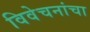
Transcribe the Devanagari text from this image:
विवेचनांचा